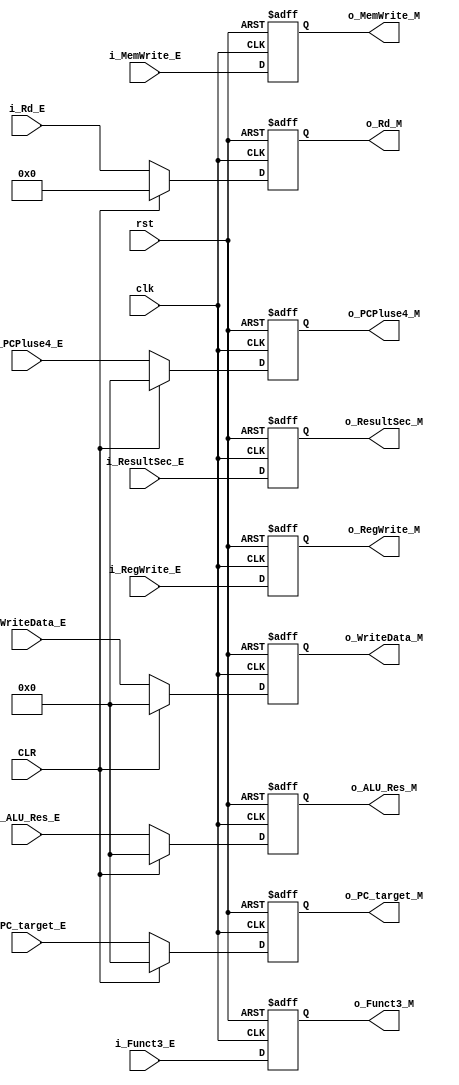
module IE_IM_PR #(
    parameter   RD_Data_Width='d32,
                PC_Width ='d32,
                Address_Width ='d5



) (
    input   wire                            clk,
    input   wire                            rst,
    input   wire                            CLR,
    input wire    [RD_Data_Width-1:0]     i_ALU_Res_E,
    input wire    [RD_Data_Width-1:0]     i_WriteData_E,
    input wire    [Address_Width-1:0]     i_Rd_E,
    input wire    [PC_Width-1:0]          i_PCPluse4_E,
    input wire    [PC_Width-1:0]          i_PC_target_E,

    //
    input wire                            i_RegWrite_E,
    input wire      [1:0]                 i_ResultSec_E,
    input wire                            i_MemWrite_E,
    input wire      [2:0]                 i_Funct3_E,

    
    output reg                            o_RegWrite_M,
    output reg      [1:0]                 o_ResultSec_M,
    output reg                            o_MemWrite_M,
    //
    output reg    [RD_Data_Width-1:0]     o_ALU_Res_M,
    output reg    [RD_Data_Width-1:0]     o_WriteData_M,
    output reg    [Address_Width-1:0]     o_Rd_M,
    output reg    [PC_Width-1:0]          o_PCPluse4_M,
    output reg      [2:0]                 o_Funct3_M,

    output reg    [PC_Width-1:0]          o_PC_target_M

    

);



// EN  is Stall CTRL 
// CLR is Flush CTRL
always @(posedge clk or negedge rst) begin
    if(!rst)
    begin
        o_ALU_Res_M      <='b0;
        o_WriteData_M    <='b0;
        o_Rd_M           <='b0;
        o_PCPluse4_M     <='b0;
        o_PC_target_M    <='b0;
           

    end
    else if (CLR) begin
        o_ALU_Res_M      <='b0;
        o_WriteData_M    <='b0;
        o_Rd_M           <='b0;
        o_PCPluse4_M     <='b0;
        o_PC_target_M    <='b0;


    end
    else begin
        o_ALU_Res_M      <=i_ALU_Res_E;
        o_WriteData_M    <=i_WriteData_E;
        o_Rd_M           <=i_Rd_E;
        o_PCPluse4_M     <=i_PCPluse4_E;
        o_PC_target_M    <=i_PC_target_E;

    end
end






// Control 
always @(posedge clk or negedge rst) begin
    if(!rst)
    begin
        o_RegWrite_M    <=  'b0;
        o_ResultSec_M   <=  'b0;
        o_MemWrite_M    <=  'b0;
        o_Funct3_M      <=  'b0;


    end
    else begin
        o_RegWrite_M    <=   i_RegWrite_E;
        o_ResultSec_M   <=   i_ResultSec_E;
        o_MemWrite_M    <=   i_MemWrite_E;
        o_Funct3_M      <=   i_Funct3_E;

    end
end



endmodule